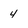
Character: 4